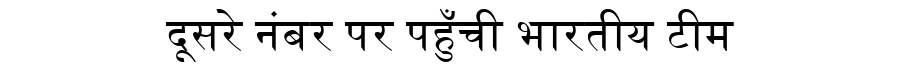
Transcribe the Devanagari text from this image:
दूसरे नंबर पर पहुँची भारतीय टीम